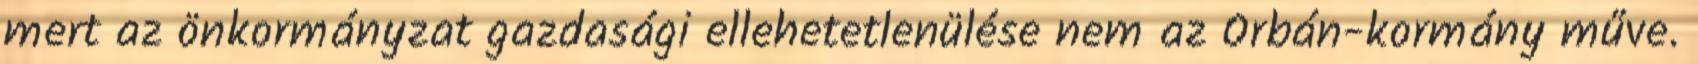
mert az önkormányzat gazdasági ellehetetlenülése nem az Orbán-kormány műve.